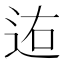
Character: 𨒐